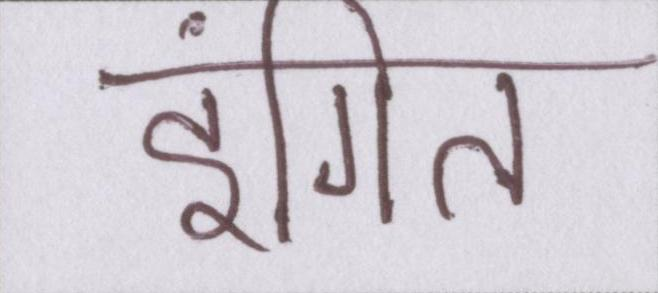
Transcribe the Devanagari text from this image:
इंगित